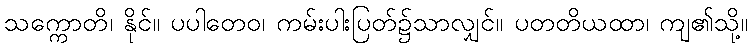
သက္ကောတိ၊ နိုင်။ ပပါတေဝ၊ ကမ်းပါးပြတ်၌သာလျှင်။ ပတတိယထာ၊ ကျ၏သို့။